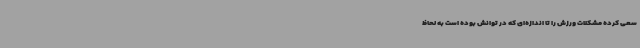
سعی کرده مشکلات ورزش را تا اندازه‌ای که در توانش بوده است به لحاظ